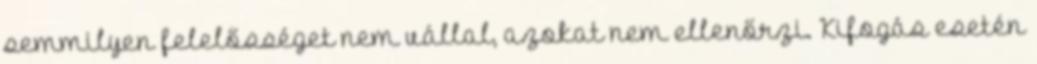
semmilyen felelősséget nem vállal, azokat nem ellenőrzi. Kifogás esetén